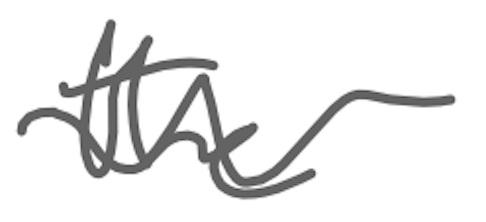
Text: the
Cross-out: wave
Writing tool: digital_gray